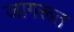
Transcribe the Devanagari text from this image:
जागरूत